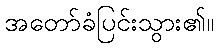
အတော်ခံပြင်းသွား၏။